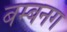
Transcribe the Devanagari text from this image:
बम्बनग